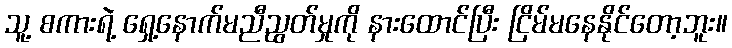
သူ့ စကားရဲ့ ရှေ့နောက်မညီညွတ်မှုကို နားထောင်ပြီး ငြိမ်မနေနိုင်တော့ဘူး။